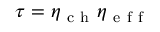
\tau = \eta _ { \mathrm { ~ c ~ h ~ } } \eta _ { \mathrm { ~ e ~ f ~ f ~ } }